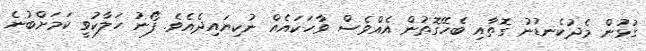
ގުޅުން މެދުކެނޑުނު ގޮތާއި ބެހޭގޮތުން އެއްވެސް ވާހަކައެއް ނުކިޔައިދެއެވެ. ފޯނު ހަލާކުވީ ކަމަށްބުނެ